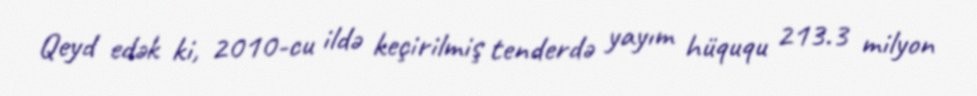
Qeyd edək ki, 2010-cu ildə keçirilmiş tenderdə yayım hüququ 213.3 milyon